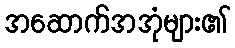
အဆောက်အအုံများ၏